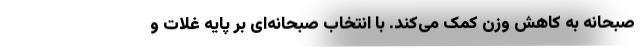
صبحانه به کاهش وزن کمک می‌کند. با انتخاب صبحانه‌ای بر پایه غلات و